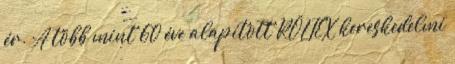
ér. A több mint 60 éve alapított RÖLTEX kereskedelmi